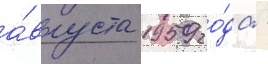
а́вгуста 1959 го́да -